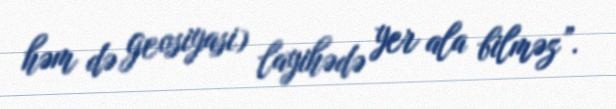
həm də geosiyasi) layihədə yer ala bilməz”.